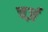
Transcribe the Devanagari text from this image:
चर्ज़